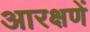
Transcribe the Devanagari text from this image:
आरक्षणें